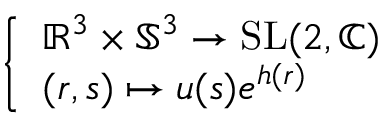
\left\{ \begin{array} { l l } { \mathbb { R } ^ { 3 } \times \mathbb { S } ^ { 3 } \to { \mathrm { S L } } ( 2 , \mathbb { C } ) } \\ { ( r , s ) \mapsto u ( s ) e ^ { h ( r ) } } \end{array} \right.